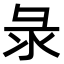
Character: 彔